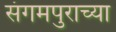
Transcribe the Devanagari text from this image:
संगमपुराच्या